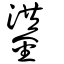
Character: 鍙